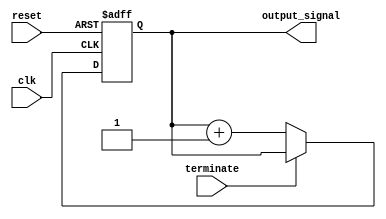
module RepeatLoop (
    input wire clk,            // Clock signal
    input wire reset,          // Reset signal
    input wire terminate,      // Signal to terminate the loop
    output reg [7:0] output_signal // Example output signal
);

    // Initialization
    initial begin
        output_signal = 8'b0; // Initialize output signal to zero
    end

    // Always block to implement the repeat loop
    always @(posedge clk or posedge reset) begin
        if (reset) begin
            // Reset condition
            output_signal <= 8'b0; // Reset output signal
        end else if (!terminate) begin
            // Infinite repeat loop
            // Perform operations within the loop
            output_signal <= output_signal + 1; // Example operation: increment output_signal
            // Additional operations can be added here
        end else begin
            // Handle termination condition
            output_signal <= output_signal; // Maintain current output if terminated
        end
    end

endmodule